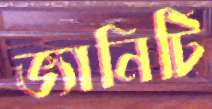
ভ্যানিটি